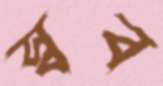
স্বব